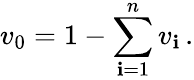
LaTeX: v_{0}=1-\sum_{\mathbf{i}=1}^{n}v_{\mathbf{i}}\, .